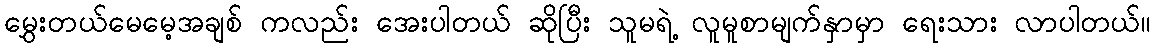
မွှေးတယ်မေမေ့အချစ် ကလည်း အေးပါတယ် ဆိုပြီး သူမရဲ့ လူမူစာမျက်နှာမှာ ရေးသား လာပါတယ်။